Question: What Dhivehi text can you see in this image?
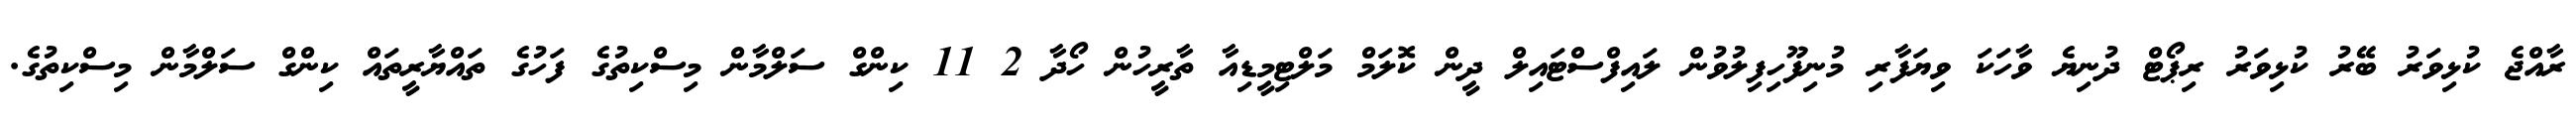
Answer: ރާއްޖެ ކުޅިވަރު ބޭރު ކުޅިވަރު ރިޕޯޓް ދުނިޔެ ވާހަކަ ވިޔަފާރި މުނިފޫހިފިލުވުން ލައިފްސްޓައިލް ދީން ކޮލަމް މަލްޓިމީޑިއާ ތާރީހުން ހޯދާ 2 11 ކިންގް ސަލްމާން މިސްކިތުގެ ފަހުގެ ތައްޔާރީތައް ކިންގް ސަލްމާން މިސްކިތުގެ.